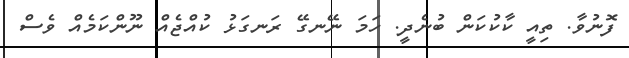
ފޮނުވާ. ތިއީ ކާކުކަން ބުނެދީ. ހަމަ ނޭނގޭ ރަނގަޅު ކުއްޖެއް ނޫންކަމެއް ވެސް